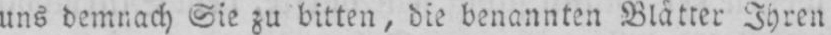
uns demnach Sie zu bitten, die benannten Blätter Ihren